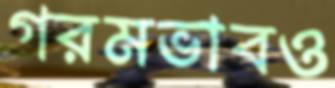
গরমভাবও